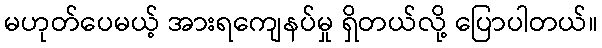
မဟုတ်ပေမယ့် အားရကျေနပ်မှု ရှိတယ်လို့ ပြောပါတယ်။